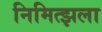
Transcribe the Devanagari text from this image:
निमित्झला